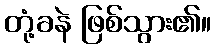
တုံ့ခနဲ ဖြစ်သွား၏။